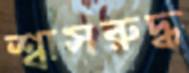
শ্বাসরুদ্ধ